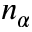
n _ { \alpha }